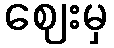
ဈေးမှ